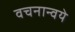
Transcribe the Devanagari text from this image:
वचनान्वये